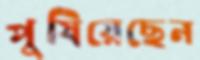
পুষিয়েছেন